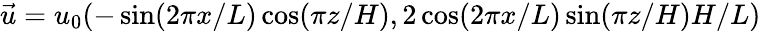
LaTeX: \vec{u}=u_{0}(-\sin(2\pi x/L)\cos(\pi z/H),2\cos(2\pi x/L)\sin(\pi z/H)H/L)